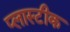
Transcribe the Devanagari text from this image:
प्लास्टीक